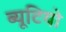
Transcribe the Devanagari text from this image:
ब्यूटियो